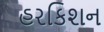
હરકિશન